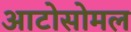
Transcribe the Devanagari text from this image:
आटोसोमल